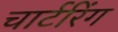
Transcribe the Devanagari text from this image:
चार्टरिंग